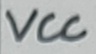
Text: VCC